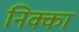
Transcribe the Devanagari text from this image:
निक्का